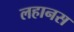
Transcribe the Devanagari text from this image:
लहानस